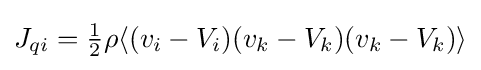
{\textstyle J_{qi}={\tfrac {1}{2}}\rho \langle (v_{i}-V_{i})(v_{k}-V_{k})(v_{k}-V_{k})\rangle }